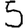
Digit: 5